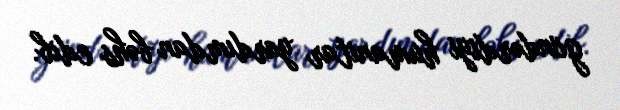
göndərdiyi humanitar yardımdan bəhs edib.